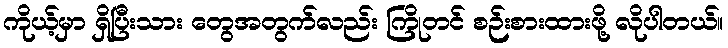
ကိုယ့်မှာ ရှိပြီးသား တွေအတွက်လည်း ကြိုတင် စဉ်းစားထားဖို့ လိုပါတယ်။